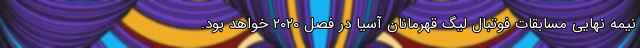
نیمه نهایی مسابقات فوتبال لیگ قهرمانان آسیا در فصل ۲۰۲۰ خواهد بود.